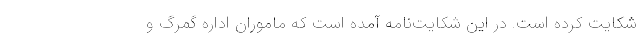
شکایت کرده است. در این شکایت‌نامه آمده است که ماموران اداره گمرگ و